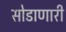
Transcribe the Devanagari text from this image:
सोडाणारी